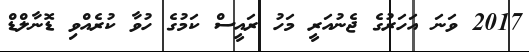
2017 ވަނަ އަހަރުގެ ޖެނުއަރީ މަހު ރައީސް ކަމުގެ ހުވާ ކުރެއްވި ޑޮނާލްޑް